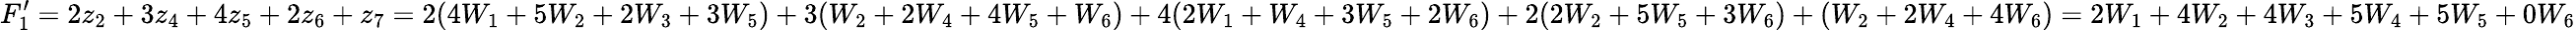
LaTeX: F_{1}^{\prime}=2z_{2}+3z_{4}+4z_{5}+2z_{6}+z_{7}=2(4W_{1}+5W_{2}+2W_{3}+3W_{5})+3(W_{2}+2W_{4}+4W_{5}+W_{6})+4(2W_{1}+W_{4}+3W_{5}+2W_{6})+2(2W_{2}+5W_{5}+3W_{6})+(W_{2}+2W_{4}+4W_{6})=2W_{1}+4W_{2}+4W_{3}+5W_{4}+5W_{5}+0W_{6}